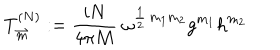
T _ { \stackrel { \rightharpoonup } { m } } ^ { ( N ) } : = \frac { i N } { 4 \pi M } \ \omega ^ { \frac { 1 } { 2 } \, m _ { 1 } m _ { 2 } } g ^ { m _ { 1 } } h ^ { m _ { 2 } }